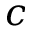
c